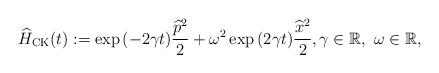
LaTeX: \begin{align*}\widehat{H}_{ {\textrm{CK}}}(t):=\exp{(-2\gamma t)}\frac{\widehat{p}^2}{2}+\omega^2 \exp{(2\gamma t)}\frac{\widehat{x}^2}{2},\gamma\in \mathbb{R},\,\,\omega\in \mathbb{R},\end{align*}